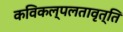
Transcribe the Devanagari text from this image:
कविकल्पलतावृत्ति